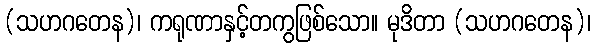
(သဟဂတေန)၊ ကရုဏာနှင့်တကွဖြစ်သော။ မုဒိတာ (သဟဂတေန)၊